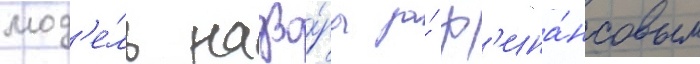
мод'е́ль надзо́ра за́ ф'ина́нсовым